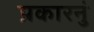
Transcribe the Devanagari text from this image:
प्रकारनुं